Report of the Municipal Commissioner on the plague in Bombay for the year ending 31st May... - Volume 2
Disease focus: Plague
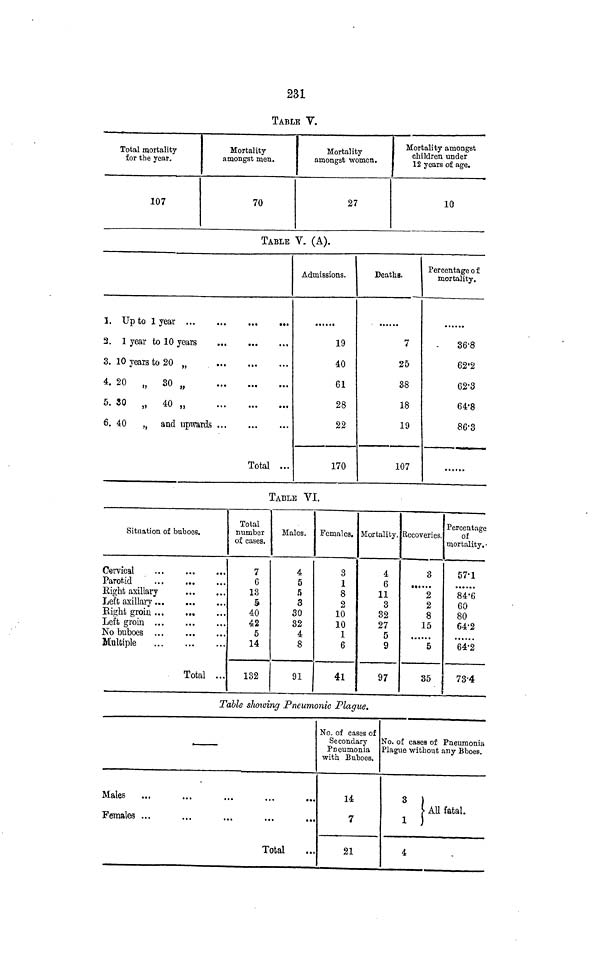
231
TABLE V.
Total mortality
for the year.
107
Mortality
amongst men.
70
Mortality
amongst women.
27
Mortality amongst
children under
12 years of age.
10
TABLE V. (A).
1. Up to 1 year
3. 1 year to 10 years
3. 10 years to 20 „
4
- 20 „ 30 „
5- 30 „ 40 „
6. 40
„ and upwards
Total ...
Admissions.
19
40
61
28
22
170
Deaths.
.... ••
7
25
38
18
19
107
Percentage o f
mortality.
36'8
62-2
62-3
64-8
86-3
TABLE VI.
Situation of buboes.
Cervical
Parotid
...
...
...
Eight axillary
Left axillary ...
...
Right groin ...
Left groin
No buboes
Multiple
Total ...
Total
number
of cases.
7
G
13
§
40
42
5
14
132
Males.
4
5
5
3
SO
32
4
8
91
Females.
3
1
8
2
10
10
1
6
41
Mortality.
4
6
11
3
32
27
5
9
97
Recoveries.
3
2
2
8
15
5
35
Percentage
of
mortality.-
57'1
84-6
60
80
64-2
64-2
73-4
Table showing Pneumonic Plague.
,
Males
Females ...
Total
No. of cases of
Secondary
Pneumonia
with Buboes.
14
7
21
No. of cases of Pneumonia
Plague without any Bboes.
3
)
y All fatal.
1 )
4